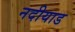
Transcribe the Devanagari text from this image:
नदीयाड